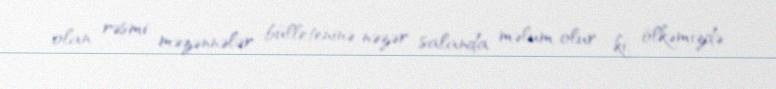
olan rəsmi məzənnələr bülleteninə nəzər salanda məlum olur ki, ölkəmizdə